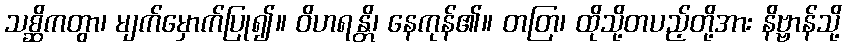
သစ္ဆိကတွာ၊ မျက်မှောက်ပြု၍။ ဝိဟရန္တိ၊ နေကုန်၏။ တတြ၊ ထိုသို့တပည့်တို့အား နိဗ္ဗာန်သို့